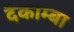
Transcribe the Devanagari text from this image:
दैकाम्बा